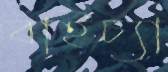
বাইচ্যা